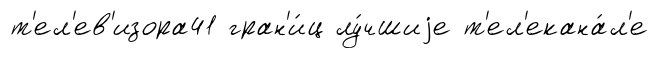
т'ел'ев'изора41 гран'и́ц лу́чшиjе т'ел'екана́л'е